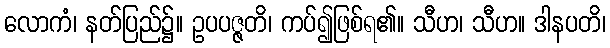
လောကံ၊ နတ်ပြည်၌။ ဥပပဇ္ဇတိ၊ ကပ်၍ဖြစ်ရ၏။ သီဟ၊ သီဟ။ ဒါနပတိ၊